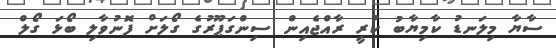
ސާޔާ މިލަނޑު ކާމިޔާބު ކުރީ ރާއްޖެއިން ސިންގަޕޫރުގެ ގޯލަށް ފޮނުވާލި ބޯޅަ ގޯލް